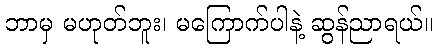
ဘာမှ မဟုတ်ဘူး၊ မကြောက်ပါနဲ့ ဆွန်ညာရယ်။